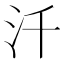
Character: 汘